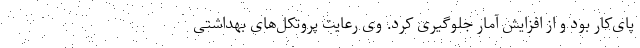
پای‌کار بود و از افزایش آمار جلوگیری کرد. وی رعایت پروتکل‌های بهداشتی